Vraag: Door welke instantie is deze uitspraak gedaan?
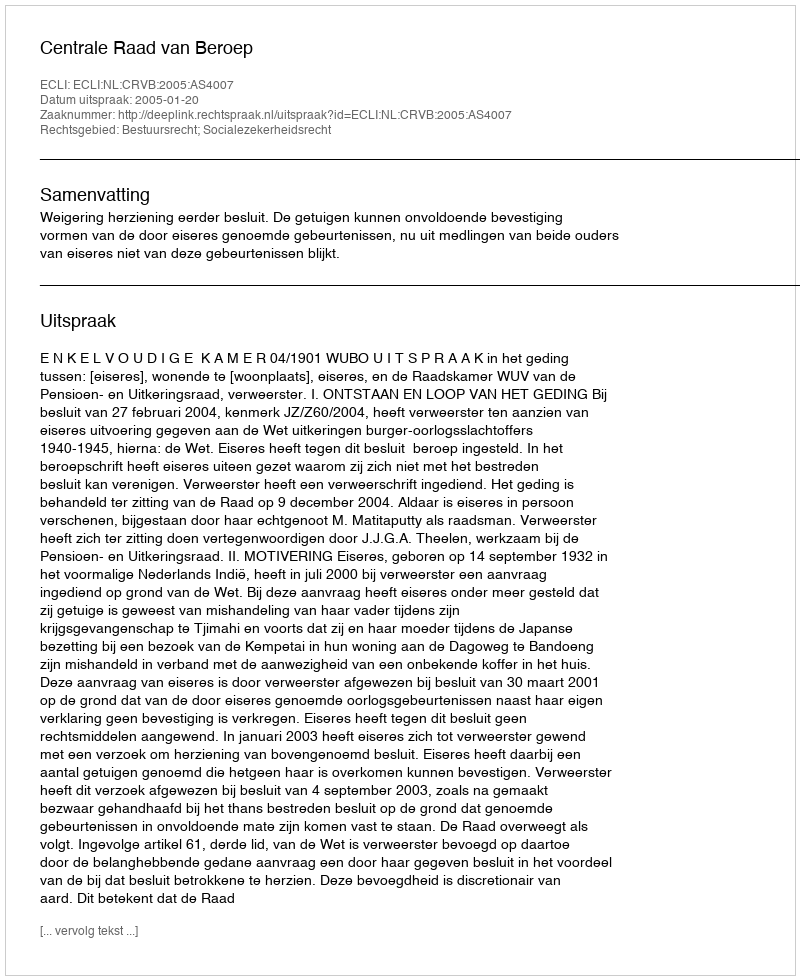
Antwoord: Centrale Raad van Beroep